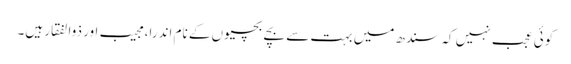
کوئی عجب نہیں کہ سندھ میں بہت سے بچے بچیوں کے نام اندرا، مجیب اور ذوالفقار ہیں۔